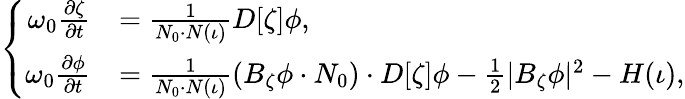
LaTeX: \left\{ \begin{array}{rl}{\omega_{0}\frac{\partial\zeta}{\partial t}}&{=\frac{1}{N_{0}\cdot N(\iota)}D[\zeta]\phi,}\\ {\omega_{0}\frac{\partial\phi}{\partial t}}&{=\frac{1}{N_{0}\cdot N(\iota)}\left(B_{\zeta}\phi\cdot N_{0}\right)\cdot D[\zeta]\phi-\frac{1}{2}|B_{\zeta}\phi|^{2}-H(\iota),}\end{array}\right.